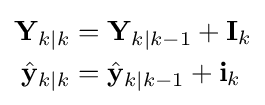
{\begin{aligned}\mathbf {Y} _{k\mid k}&=\mathbf {Y} _{k\mid k-1}+\mathbf {I} _{k}\\{\hat {\mathbf {y} }}_{k\mid k}&={\hat {\mathbf {y} }}_{k\mid k-1}+\mathbf {i} _{k}\end{aligned}}